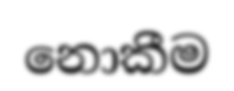
නොකීම